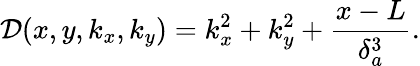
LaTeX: \mathcal{D}(x,y,k_{x},k_{y})=k_{x}^{2}+k_{y}^{2}+\frac{x-L}{\delta_{a}^{3}}.